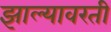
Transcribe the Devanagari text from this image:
झाल्यावरती